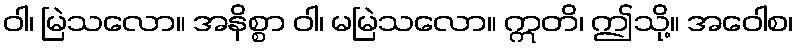
ဝါ၊ မြဲသလော။ အနိစ္စာ ဝါ၊ မမြဲသလော။ ဣတိ၊ ဤသို့။ အဝေါစ၊